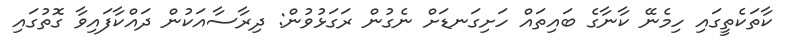
ކާތަކެތީގައި ހިމެނޭ ކާނާގެ ބައިތައް ހަށިގަނޑަށް ނެގުން ރަގަޅުވުން: ދިރާސާއަކުން ދައްކާފައިވާ ގޮތުގައި